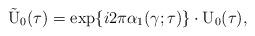
LaTeX: \begin{align*}\tilde{\rm U}_0(\tau) = \exp\{i 2\pi {\alpha}_{1}(\gamma ; \tau)\}\cdot {\rm U}_{0}(\tau),\end{align*}